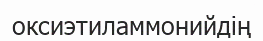
оксиэтиламмонийдің